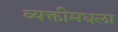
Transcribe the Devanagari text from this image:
व्यक्तीमधला